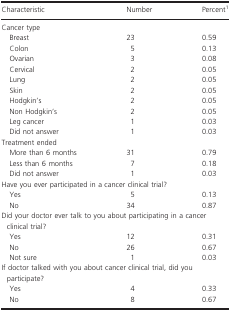
<table><thead><tr><td><b>Characteristic</b></td><td><b>Number</b></td><td><b>Percent1</b></td></tr></thead><tbody><tr><td colspan="3">Cancer type</td></tr><tr><td> Breast</td><td>23</td><td>0.59</td></tr><tr><td> Colon</td><td>5</td><td>0.13</td></tr><tr><td> Ovarian</td><td>3</td><td>0.08</td></tr><tr><td> Cervical</td><td>2</td><td>0.05</td></tr><tr><td> Lung</td><td>2</td><td>0.05</td></tr><tr><td> Skin</td><td>2</td><td>0.05</td></tr><tr><td> Hodgkin&#x27;s</td><td>2</td><td>0.05</td></tr><tr><td> Non Hodgkin&#x27;s</td><td>2</td><td>0.05</td></tr><tr><td> Leg cancer</td><td>1</td><td>0.03</td></tr><tr><td> Did not answer</td><td>1</td><td>0.03</td></tr><tr><td colspan="3">Treatment ended</td></tr><tr><td> More than 6 months</td><td>31</td><td>0.79</td></tr><tr><td> Less than 6 months</td><td>7</td><td>0.18</td></tr><tr><td> Did not answer</td><td>1</td><td>0.03</td></tr><tr><td colspan="3">Have you ever participated in a cancer clinical trial?</td></tr><tr><td> Yes</td><td>5</td><td>0.13</td></tr><tr><td> No</td><td>34</td><td>0.87</td></tr><tr><td colspan="3">Did your doctor ever talk to you about participating in a cancer clinical trial?</td></tr><tr><td> Yes</td><td>12</td><td>0.31</td></tr><tr><td> No</td><td>26</td><td>0.67</td></tr><tr><td> Not sure</td><td>1</td><td>0.03</td></tr><tr><td colspan="3">If doctor talked with you about cancer clinical trial, did you participate?</td></tr><tr><td> Yes</td><td>4</td><td>0.33</td></tr><tr><td> No</td><td>8</td><td>0.67</td></tr></tbody></table>